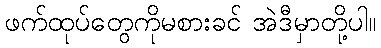
ဖက်ထုပ်တွေကိုမစားခင် အဲဒီမှာတို့ပါ။